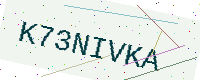
Text: K73NIVKA